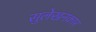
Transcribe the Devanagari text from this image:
सुलेखनकार